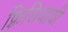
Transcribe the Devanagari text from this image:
फ़्रिसियायी